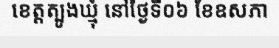
ខេត្តត្បូងឃ្មុំ នៅថ្ងៃទី០៦ ខែឧសភា